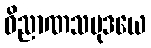
ဝိညာဏသမုဒယေ